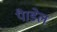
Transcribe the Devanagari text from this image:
पैाडेल